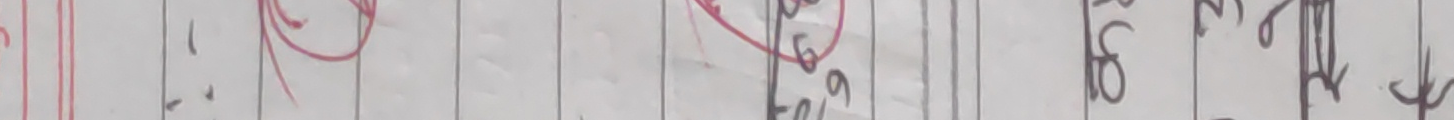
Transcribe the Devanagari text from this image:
तुल